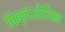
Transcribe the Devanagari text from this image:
बिब्लओथिका